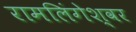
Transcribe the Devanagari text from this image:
रामलिंगेश्‍वर